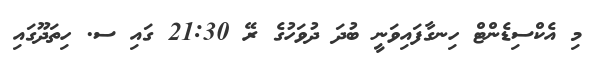
މި އެކްސިޑެންޓް ހިނގާފައިވަނީ ބުދަ ދުވަހުގެ ރޭ 21:30 ގައި ސ. ހިތަދޫގައި